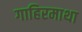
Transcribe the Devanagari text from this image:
गाहिरमाथा